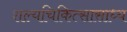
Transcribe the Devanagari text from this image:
शल्यचिकित्सासाध्य